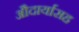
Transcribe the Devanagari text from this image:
औदार्यासह